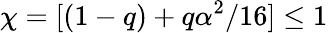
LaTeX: \chi=[(1-q)+q\alpha^{2}/16]\leq 1